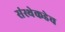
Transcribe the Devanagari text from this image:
संस्थेकडेच